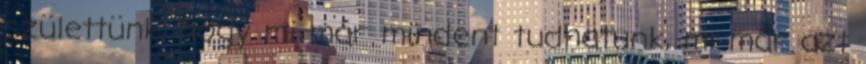
születtünk, hogy mi már mindent tudhatunk, mi már azt